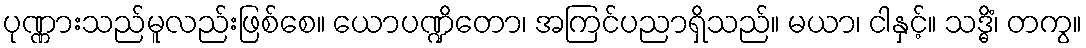
ပုဏ္ဏားသည်မူလည်းဖြစ်စေ။ ယောပဏ္ဍိတော၊ အကြင်ပညာရှိသည်။ မယာ၊ ငါနှင့်။ သဒ္ဓိံ၊ တကွ။